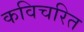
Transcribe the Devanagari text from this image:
कविचरित